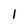
Character: 1